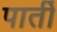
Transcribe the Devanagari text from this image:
पार्ती